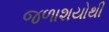
જળાશયોથી